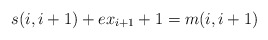
\begin{align*}s(i,i+1) + ex_{i+1} +1 = m(i,i+1)\end{align*}